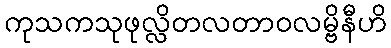
ကုသကသုဖုလ္လိတလတာဝလမ္ဗိနီဟိ